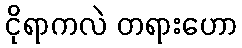
ငိုရာကလဲ တရားဟော